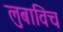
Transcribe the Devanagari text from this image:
लुबाविच